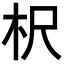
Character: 𣏧